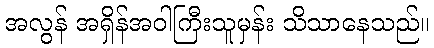
အလွန် အရှိန်အဝါကြီးသူမှန်း သိသာနေသည်။